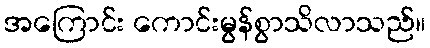
အကြောင်း ကောင်းမွန်စွာသိလာသည်။